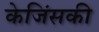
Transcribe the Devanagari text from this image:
केजिंसकी